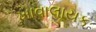
ખાવાલાયક